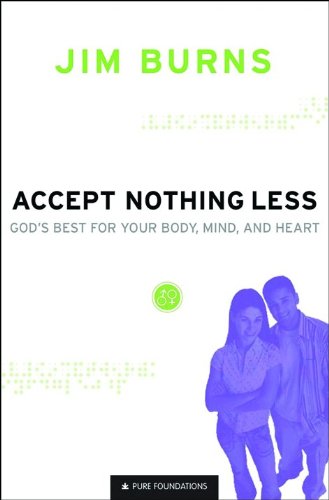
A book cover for Accept Nothing Less: God's Best for Your Body, Mind, and Heart (Pure Foundations); Jim Burns; Teen & Young Adult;